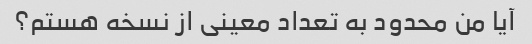
آیا من محدود به تعداد معینی از نسخه هستم؟